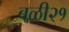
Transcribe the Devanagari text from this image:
बळी२१